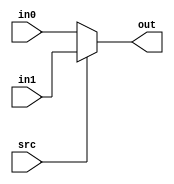
module Mux2(in0,in1,out,src);
input [31:0] in0, in1;
input src;
output [31:0] out;

assign out = src? in1 : in0;
endmodule